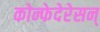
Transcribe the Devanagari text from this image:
कोन्फेदेरेसन्